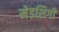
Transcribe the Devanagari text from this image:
मेडशिगी